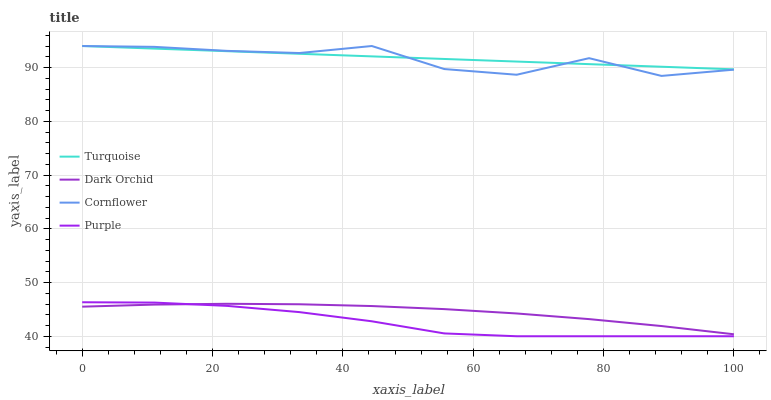
| xaxis_label | Turquoise | Dark Orchid | Cornflower | Purple |
 | --- | --- | --- | --- | --- |
 | 0 | 94 | 45.5 | 94 | 46.3 |
 | 11.1 | 93.5 | 45.9 | 93.8 | 46.3 |
 | 22.2 | 93 | 46 | 93.1 | 45.7 |
 | 33.3 | 92.6 | 46 | 92.7 | 44.5 |
 | 44.4 | 92.1 | 45.6 | 94 | 42.8 |
 | 55.6 | 91.6 | 45 | 89.7 | 40.5 |
 | 66.7 | 91.1 | 44.2 | 88.7 | 40 |
 | 77.8 | 90.6 | 43.2 | 91.7 | 40 |
 | 88.9 | 90.1 | 41.9 | 88.4 | 40 |
 | 100 | 89.7 | 40.4 | 89.6 | 40 |